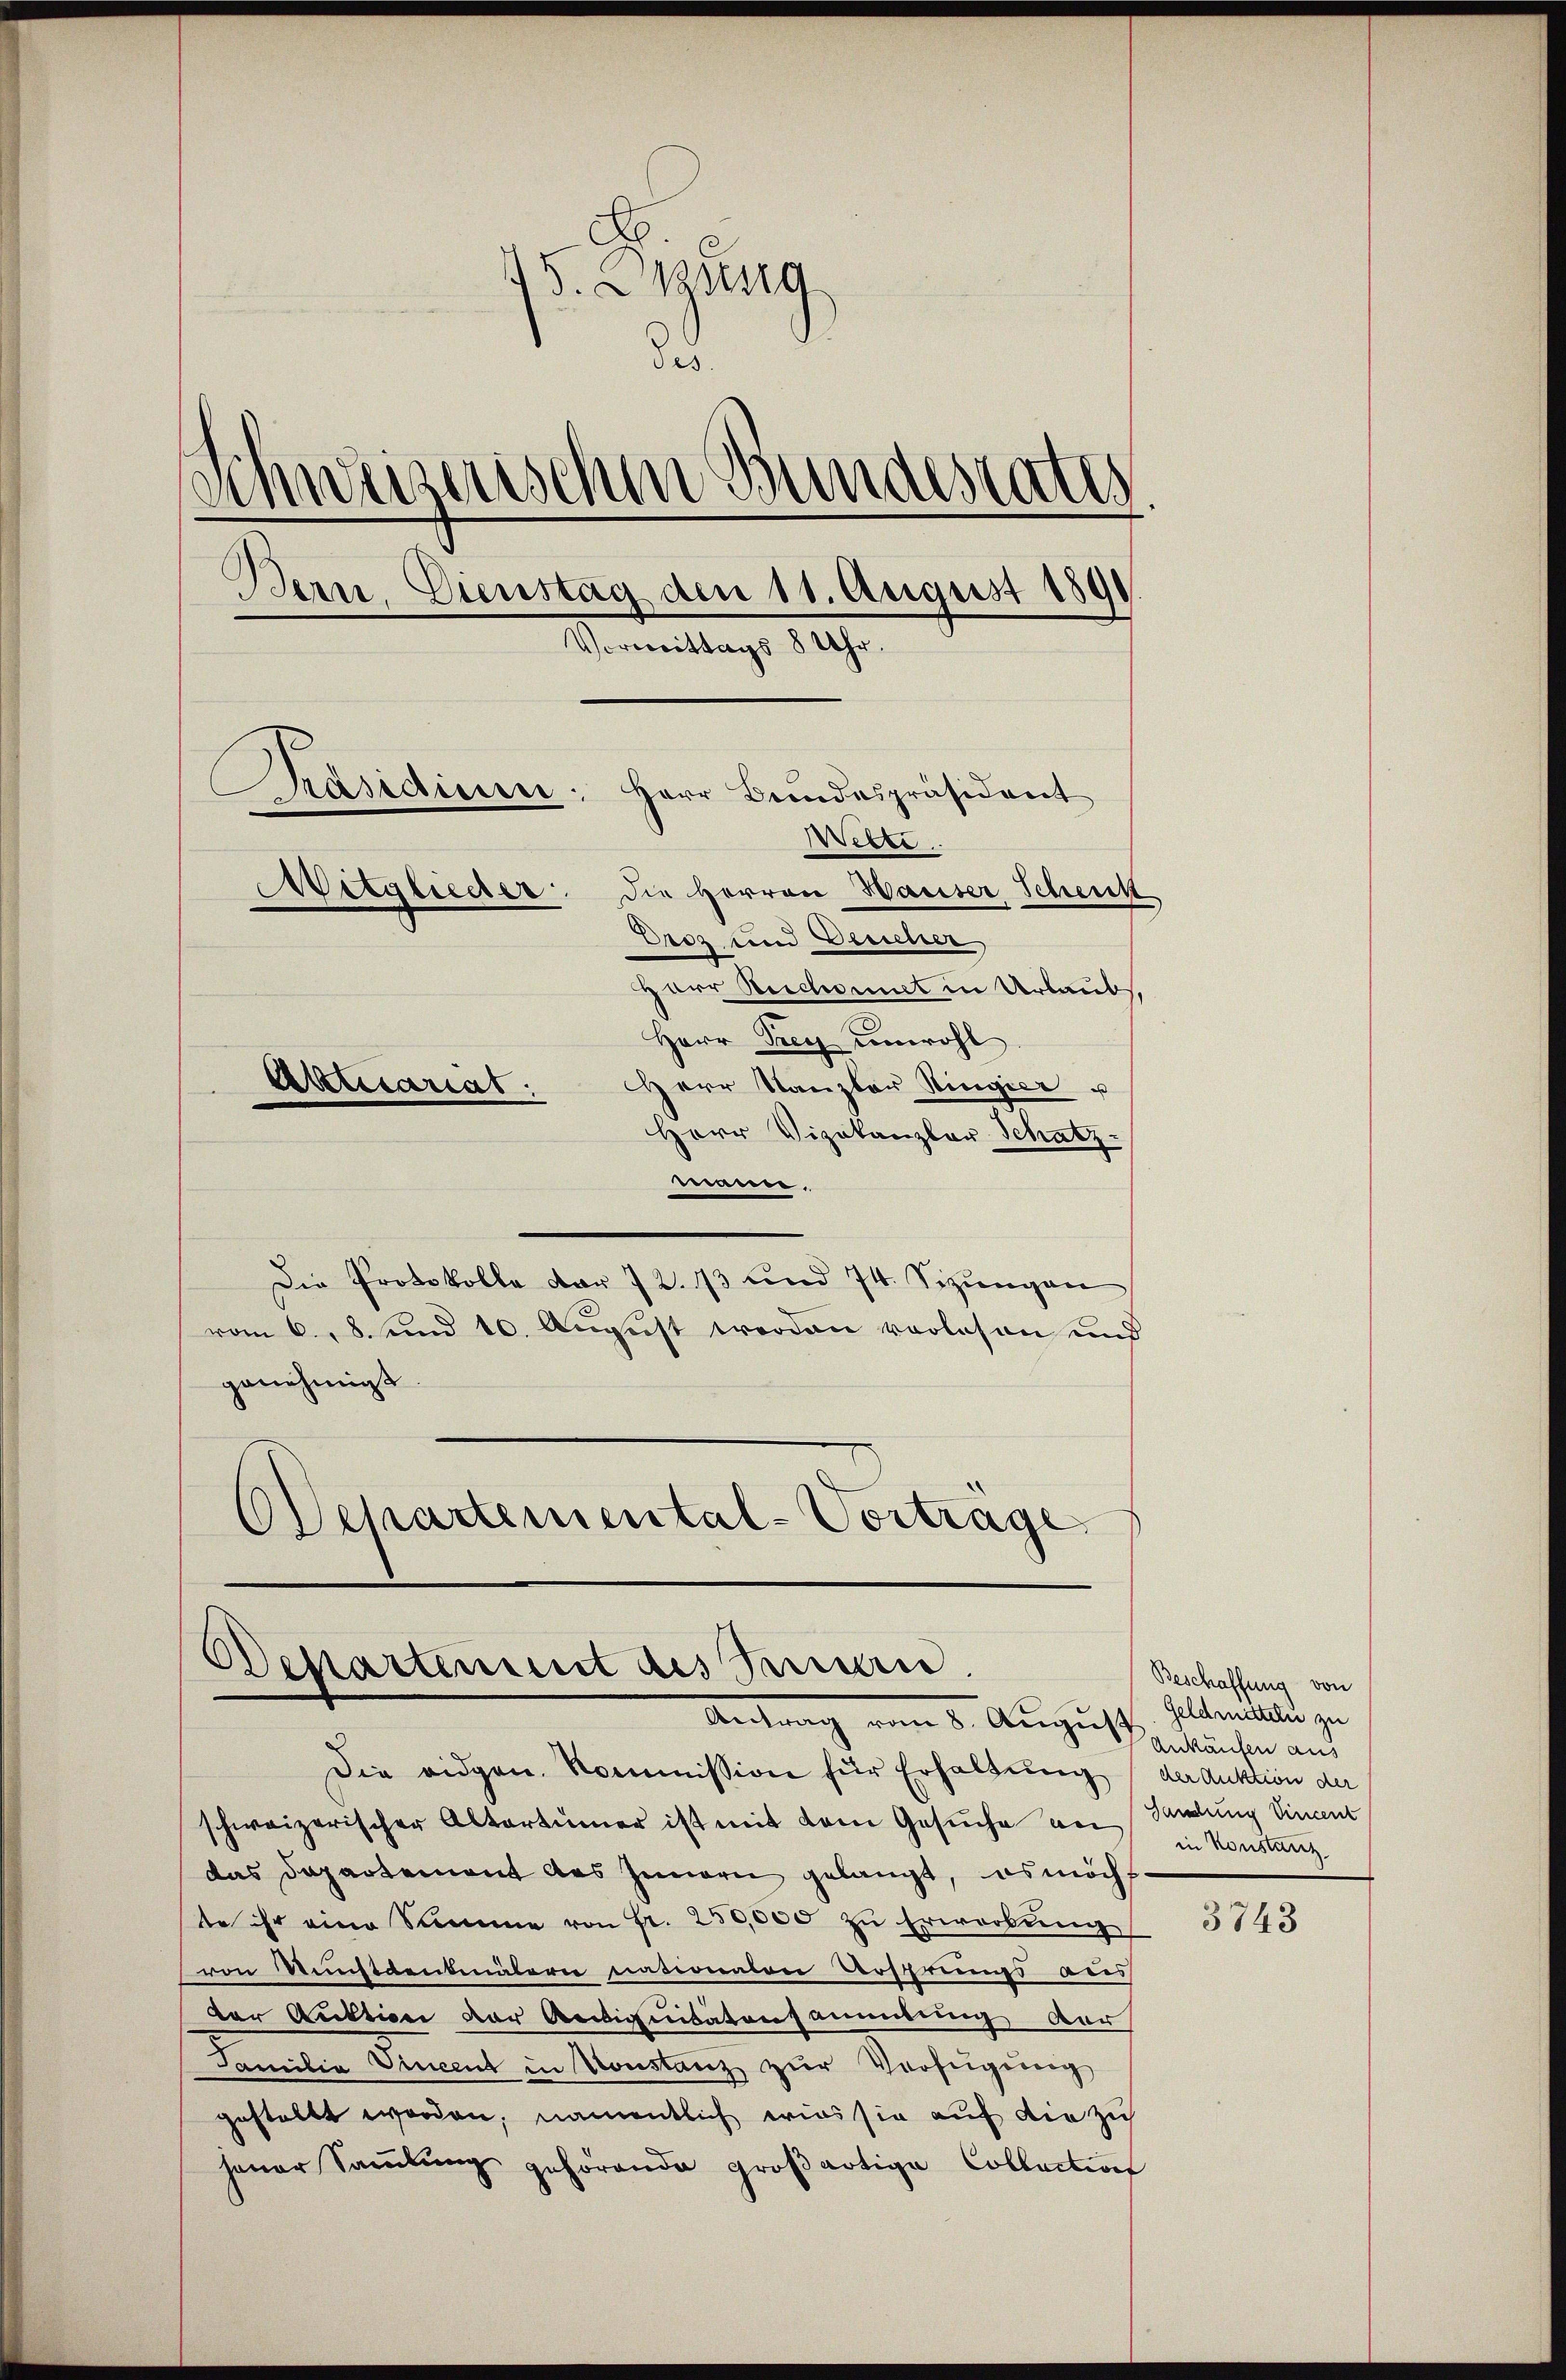
15. Sitzung
des.
duzenschen Bundestates.
d
Bern, Dienstag den 11. August 1891
Vormittags 8 Uhr.
Präsidiuen: Herr Bundespräsident
Webte
Mitglieder die Herren Hauser Schenk
Orez und Deucher
Herr Reichnet in Urlaubs,
Herr Frey unwohl
Herr Stanzler Ringier u
Aktuariat.
Herr Vizekanzler-Schatz.

mann.
Die Protokolle dar 72. 13 und 74. Sizungen
vom 6. 8. und 10. August werden vorlesen und
genehmigt.
Departemental-Vorträge

Departement des Sanen.
 vom 8. August

Die eidgen. Kommission für Erhaltŭng
schweizerischer Altertümer ist mit dem Gesuche von Sandlung Vincent
das Departement des Innern gelangt, es möcht
te ihr eine Summe von Fr. 250,000 zŭ Erwerbŭng
von Ministaentmätern natiennerer Verstreuss aus
der Auktion der Antiquidatensammlung der
Familia Vincent in Konstanz zur Verfügung
gestellt worden, namentlich wies sie auf die zu
jener Sammlung gehörende großartige Collection

Beschaffung von
Geldmitteln zu
Ankäufen aus
der Auktion der
in konstanz

3743